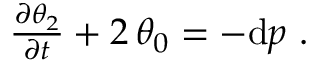
\begin{array} { r } { \frac { \partial \theta _ { 2 } } { \partial t } + 2 \, \theta _ { 0 } = - \mathrm { d } p \ . } \end{array}